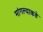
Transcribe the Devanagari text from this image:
मांगल्याकडे